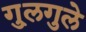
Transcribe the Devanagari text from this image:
गु्लगुले